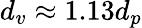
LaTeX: d_{v}\approx 1.13d_{p}